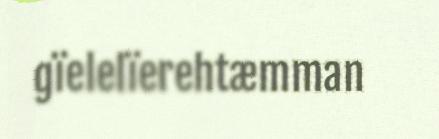
gïelelïerehtæmman